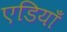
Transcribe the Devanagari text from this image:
एडियाँ